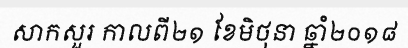
សាកសួរ កាលពី២១ ខែមិថុនា ឆ្នាំ២០១៨